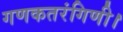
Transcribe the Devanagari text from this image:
गणकतरंगिणी।